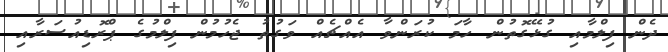
ދެން ފިލްމާއި ގުޅޭގޮތުން ހާމަ ކުރަންވާ އެއްޗެއް ވަގުތު ޖެހުމުން ފިލްމުގެ ޕްރޮޑިއުސަރާއި